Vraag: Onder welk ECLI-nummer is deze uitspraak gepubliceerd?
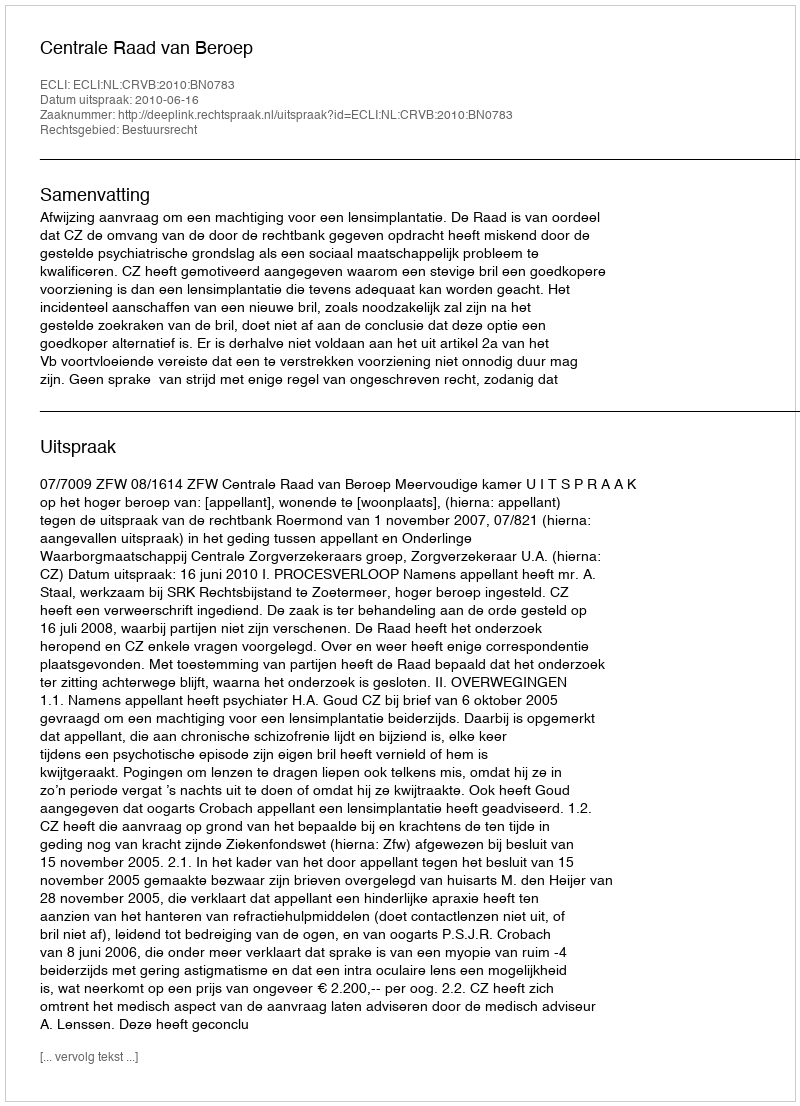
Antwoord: ECLI:NL:CRVB:2010:BN0783